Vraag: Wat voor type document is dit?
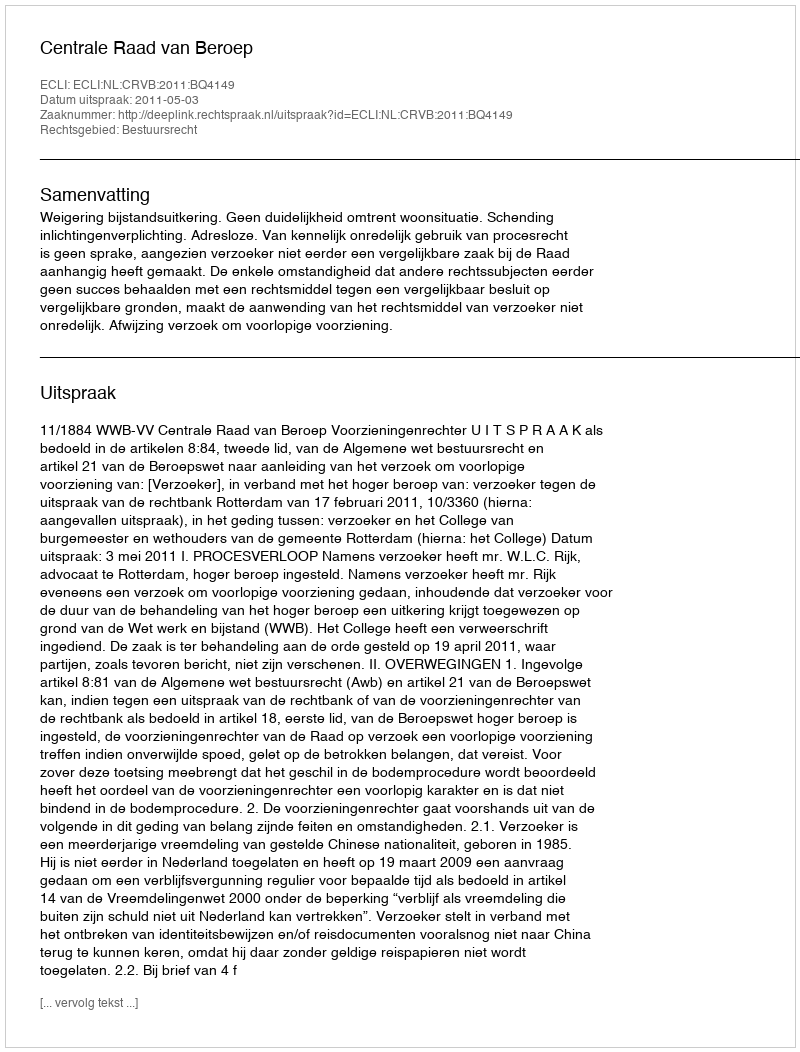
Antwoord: Uitspraak